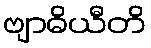
ဗျာဓိယီတိ